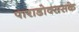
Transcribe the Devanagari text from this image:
पाराडोक्ससके